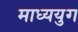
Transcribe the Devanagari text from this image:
माध्ययुग